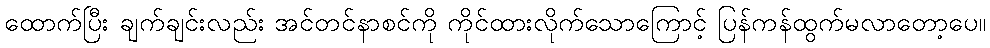
ထောက်ပြီး ချက်ချင်းလည်း အင်တင်နာစင်ကို ကိုင်ထားလိုက်သောကြောင့် ပြန်ကန်ထွက်မလာတော့ပေ။